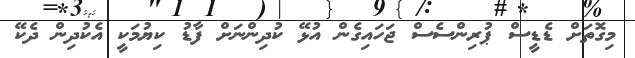
މިގޮތަށް ޑެޑީސް ޕުރިންސެސް ޖަހައިގެން އުޅޭ ކުދިންނަށް ފާޑު ކިޔުމަކީ އެކުދިން ދެކޭ